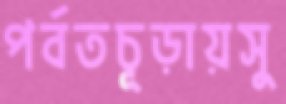
পর্বতচূড়ায়সু